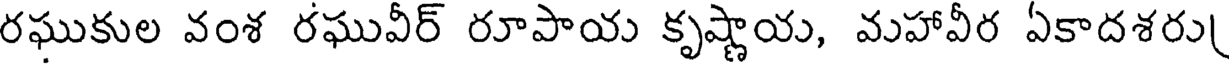
రఘుకుల వంశ రఘువీర్ రూపాయ కృష్ణాయ, మహావీర ఏకాదశరు